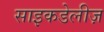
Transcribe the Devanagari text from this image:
साइकडेलीज़